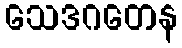
သေဒဂတေန